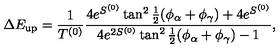
\Delta E _ { \mathrm { u p } } = \frac { 1 } { T ^ { ( 0 ) } } \frac { 4 e ^ { S ^ { ( 0 ) } } \tan ^ { 2 } \frac { 1 } { 2 } ( \phi _ { \alpha } + \phi _ { \gamma } ) + 4 e ^ { S ^ { ( 0 ) } } } { 4 e ^ { 2 S ^ { ( 0 ) } } \tan ^ { 2 } \frac { 1 } { 2 } ( \phi _ { \alpha } + \phi _ { \gamma } ) - 1 } ,